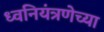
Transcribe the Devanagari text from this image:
ध्वनियंत्रणेच्या